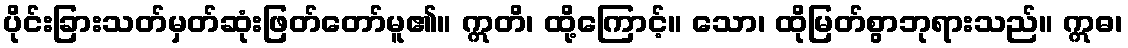
ပိုင်းခြားသတ်မှတ်ဆုံးဖြတ်တော်မူ၏။ ဣတိ၊ ထို့ကြောင့်။ သော၊ ထိုမြတ်စွာဘုရားသည်။ ဣဓ၊